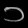
Digit: ၁